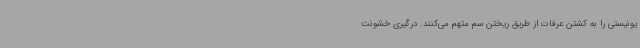
یونیستی را به کشتن عرفات از طریق ریختن سم متهم می‌کنند. درگیری خشونت